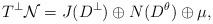
LaTeX: \begin{align*}T^{\perp}\mathcal{N} = J(D^{\perp}) \oplus N(D^{\theta})\oplus \mu,\end{align*}